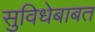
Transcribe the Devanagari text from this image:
सुविधेबाबत